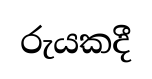
රුයකදී